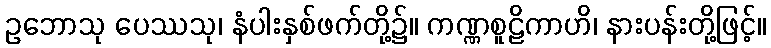
ဥဘောသု ပေဿသု၊ နံပါးနှစ်ဖက်တို့၌။ ကဏ္ဏစူဠိကာဟိ၊ နားပန်းတို့ဖြင့်။